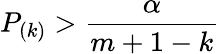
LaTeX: P_{(k)}>{\frac{\alpha}{m+1-k}}